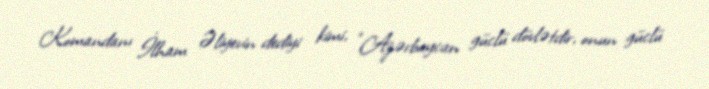
Komandanı İlham Əliyevin dediyi kimi, “Azərbaycan güclü dövlətdir, onun güclü